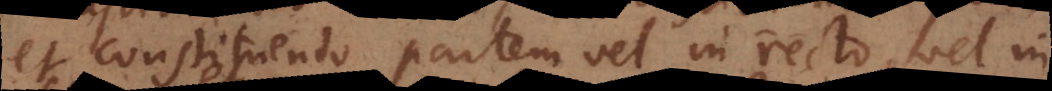
et constituendo partem vel in recto, vel in